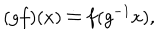
( g f ) ( x ) \doteq f ( g ^ { - 1 } x ) ,